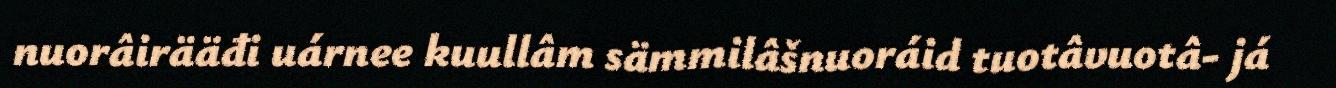
nuorâirääđi uárnee kuullâm sämmilâšnuoráid tuotâvuotâ- já